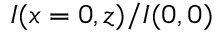
I ( x = 0 , z ) / I ( 0 , 0 )